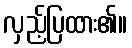
လှည့်ပြထား၏။